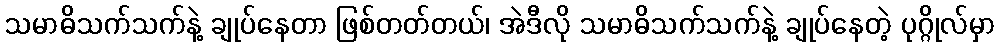
သမာဓိသက်သက်နဲ့ ချုပ်နေတာ ဖြစ်တတ်တယ်၊ အဲဒီလို သမာဓိသက်သက်နဲ့ ချုပ်နေတဲ့ ပုဂ္ဂိုလ်မှာ